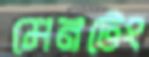
মেনটেং